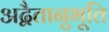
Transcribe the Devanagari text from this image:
अद्वैतानुभूति